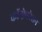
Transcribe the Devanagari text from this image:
कॉन्फ़ेडरेशन